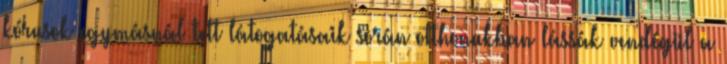
kórusok egymásnál tett látogatásaik során otthonukban lássák vendégül a